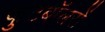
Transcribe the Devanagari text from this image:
फुटबॉलरों